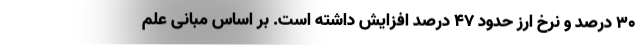
۳۰ درصد و نرخ ارز حدود ۴۷ درصد افزایش داشته است. بر اساس مبانی علم